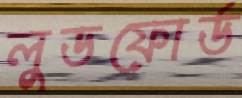
লুডফোর্ড